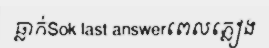
ធ្លាក់Sok last answerពេលភ្លៀង